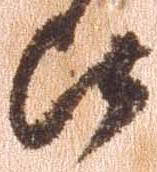
比